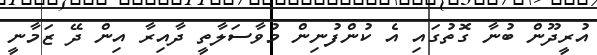
އުރީދޫން ބުނާ ގޮތުގައި އެ ކުންފުނިން މުވާސަލާތީ ދާއިރާ އިން ދޭ ޒަމާނީ